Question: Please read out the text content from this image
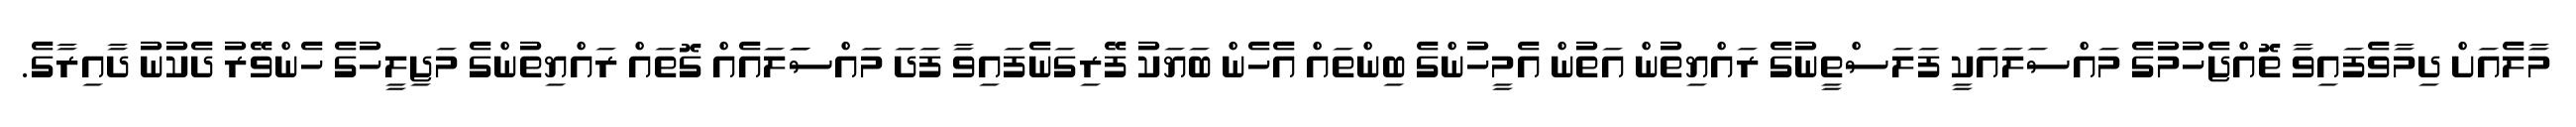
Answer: މާލެއަށް ދިމާވެފައިވާ ތޮއްޖެހުމުގެ މައްސަލައަކީ ފަލަސްތީނުގެ ރައްޔިތުން އަތުން އެމީހުންގެ ބިންތައް އެހެން ބަޔަކު ފޭރިގަނެފައިވާ ފަދަ މައްސަަލައެއް ގޮތައް ރައްޔިތުންގެ މަޖިލީހުގެ ހެންވޭރު ދެކުނު ދާއިރާގެ.